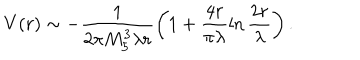
LaTeX: V ( r ) \sim - \frac { 1 } { 2 \pi M _ { 5 } ^ { 3 } \lambda r } \left( 1 + \frac { 4 r } { \pi \lambda } \ln \frac { 2 r } { \lambda } \right) .